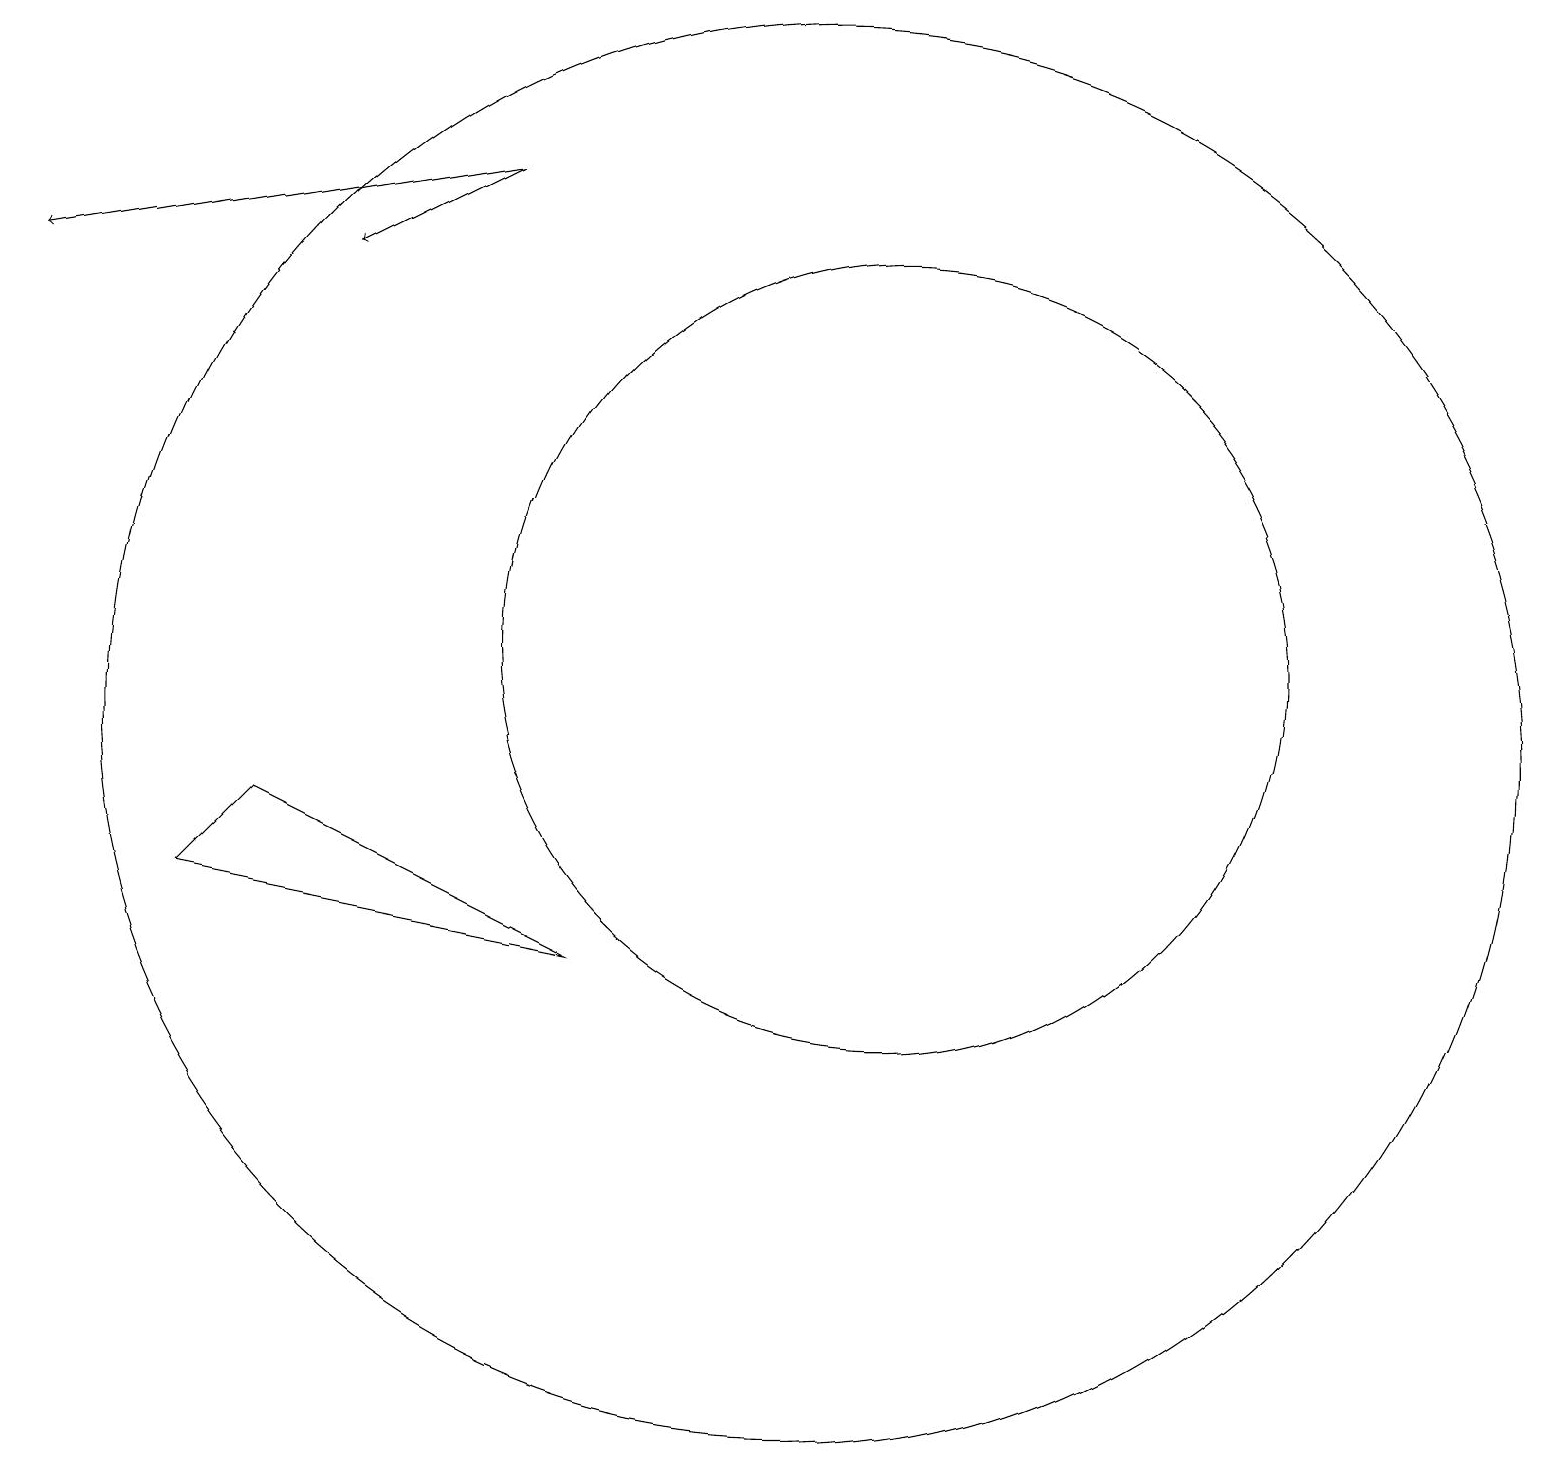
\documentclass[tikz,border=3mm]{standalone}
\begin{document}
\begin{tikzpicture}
\draw (10,10) circle (9);
\draw[->] (6,17) -- (4,16);
\draw[->] (6,17) -- (0,16);
\draw (11,11) circle (5);
\draw (7,7) -- (3,9) -- (2,8) -- cycle;
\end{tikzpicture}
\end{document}